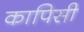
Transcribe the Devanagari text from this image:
कापिसी